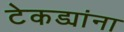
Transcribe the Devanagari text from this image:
टेकड्यांना